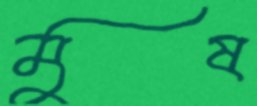
মুষ